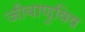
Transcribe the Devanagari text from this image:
जीवाणुविष